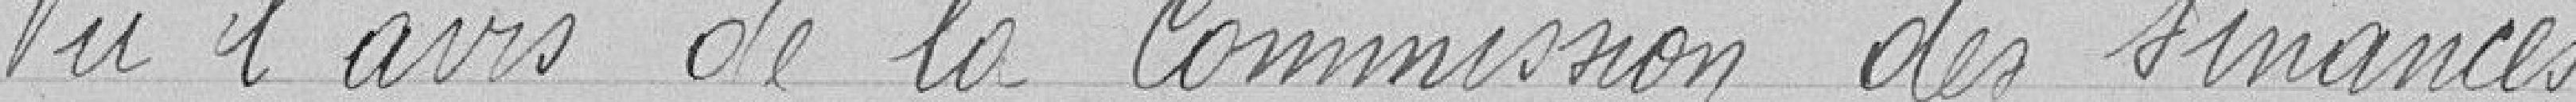
Vu l'avis de la Commission des Finances.